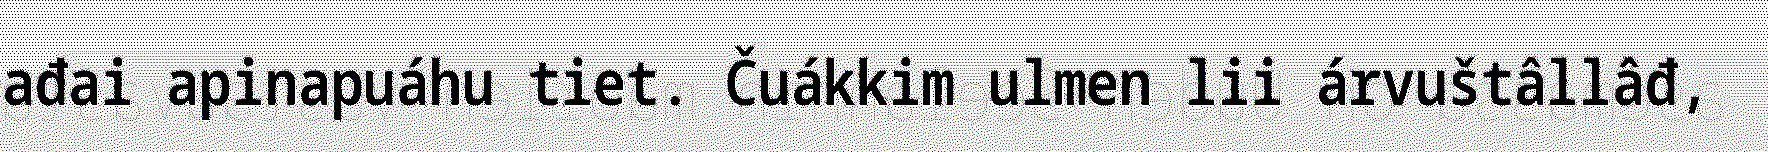
ađai apinapuáhu tiet. Čuákkim ulmen lii árvuštâllâđ,